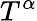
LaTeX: T^{\alpha}